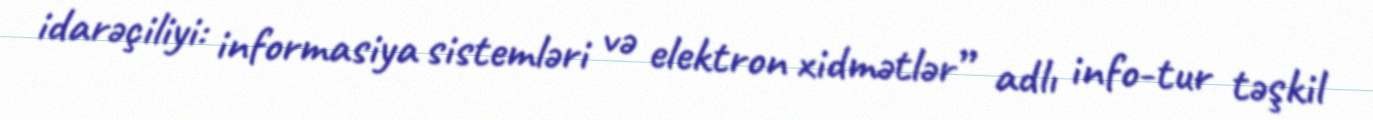
idarəçiliyi: informasiya sistemləri və elektron xidmətlər” adlı info-tur təşkil